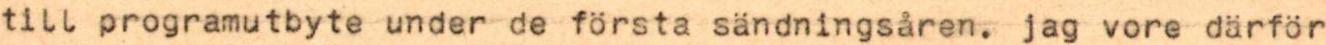
till programutbyte under de första sändningsåren. jag vore därför